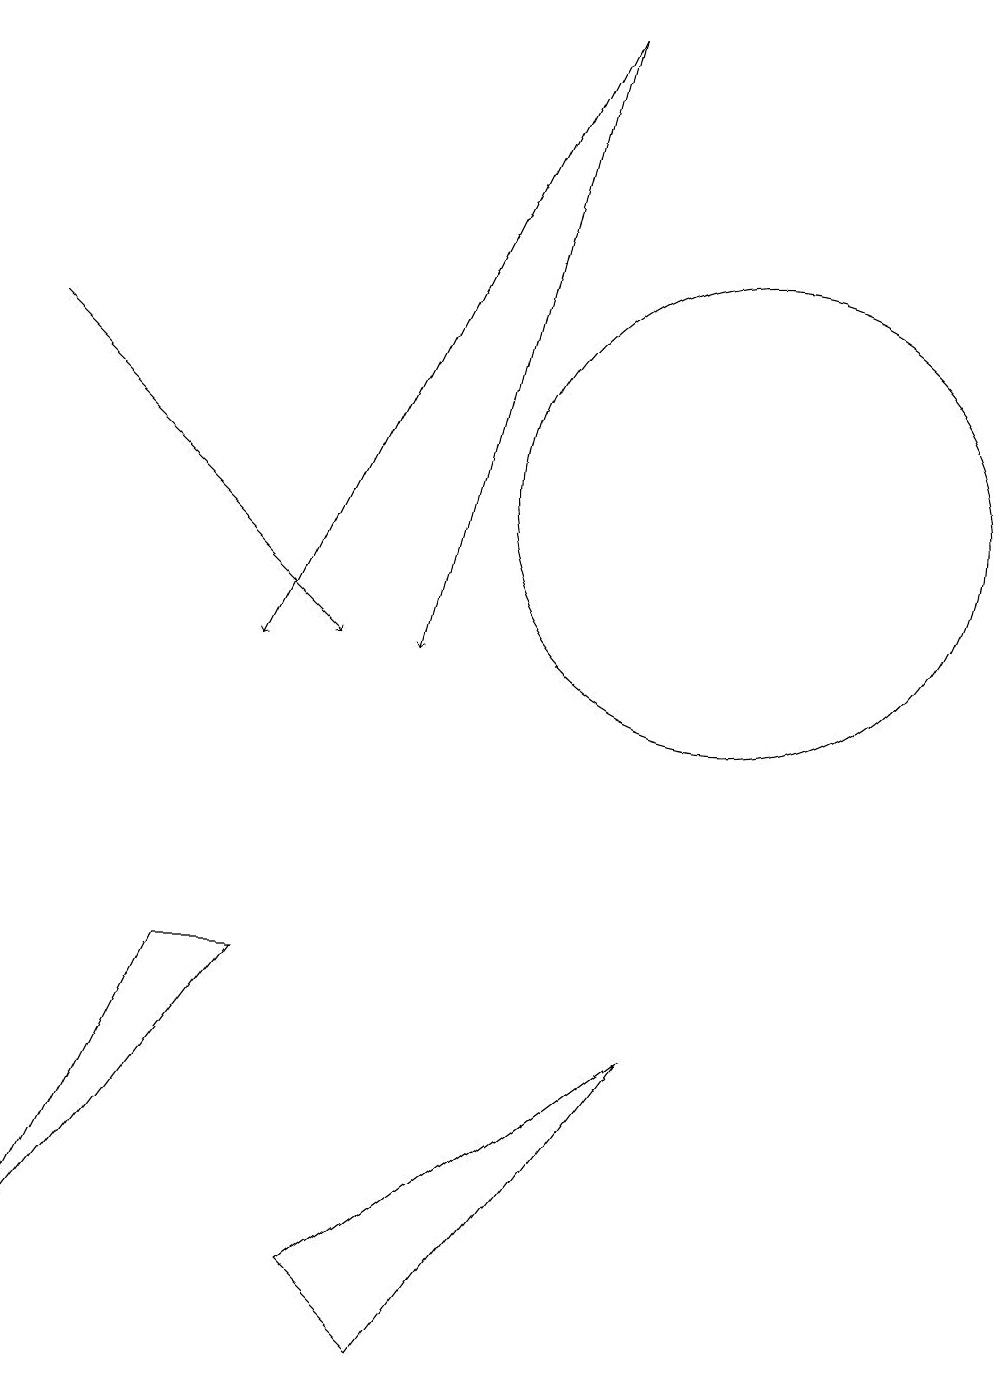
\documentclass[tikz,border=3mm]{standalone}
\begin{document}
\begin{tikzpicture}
\draw[->] (1,14) -- (5,10);
\draw (1,2) -- (3,6) -- (4,6) -- cycle;
\draw (10,12) circle (3);
\draw[->] (8,18) -- (4,10);
\draw[->] (8,18) -- (6,10);
\draw (9,5) -- (5,2) -- (6,1) -- cycle;
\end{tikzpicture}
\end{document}